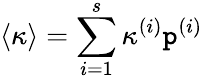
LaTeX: \langle\kappa\rangle=\sum_{i=1}^{s}\kappa^{(i)}\mathtt{p}^{(i)}